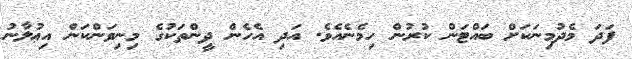
ފަދަ މެދުމިނަކަށް ބައްޓަން ކުރުން ހިމެނެއެވެ. އަދި އެހެން ދީންތަކުގެ މިނިވަންކަން އިޢުލާނު